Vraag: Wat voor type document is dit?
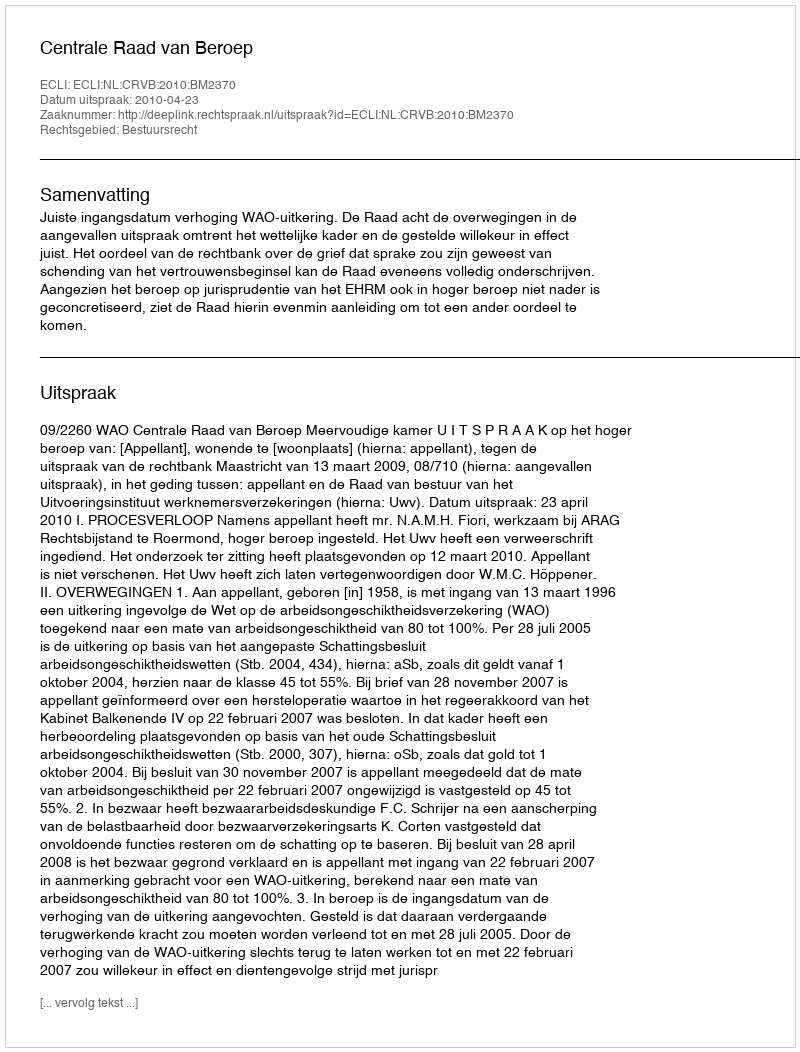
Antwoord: Uitspraak